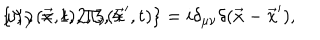
LaTeX: \{ \Psi _ { \mu } ( \vec { x } , t ) , \Pi _ { \nu } ( \vec { x } ^ { \prime } , t ) \} = i \delta _ { \mu \nu } \delta ( \vec { x } - \vec { x } ^ { \prime } ) , \hspace { 1 c m } \mu , \nu = 1 , 2 , 3 , 4